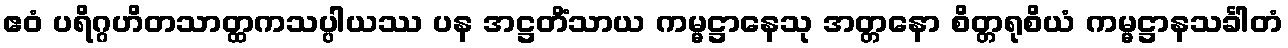
ဧဝံ ပရိဂ္ဂဟိတသာတ္ထကသပ္ပါယဿ ပန အဋ္ဌတိံသာယ ကမ္မဋ္ဌာနေသု အတ္တနော စိတ္တရုစိယံ ကမ္မဋ္ဌာနသင်္ခါတံ